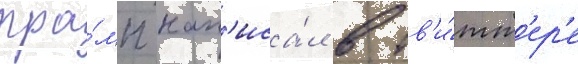
тра́мп нап'иса́л в тв'и́тт'ер'е